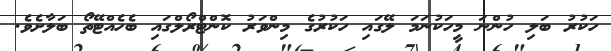
ހަކުރު ބަލި ހުންނަ މީހަކުނަމަ ލޭގައި ހަކުރުގެ މިންވަރު ކޮންޓްރޯލްގައި ބެހެއްޓޭތޯ ބަލާށެވެ.